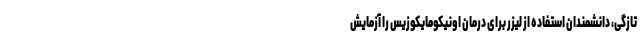
تازگی، دانشمندان استفاده از لیزر برای درمان اونیکومایکوزیس را آزمایش